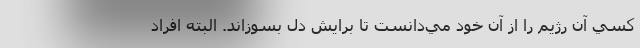
كسي آن رژيم را از آن خود مي‌دانست تا برايش دل بسوزاند. البته افراد